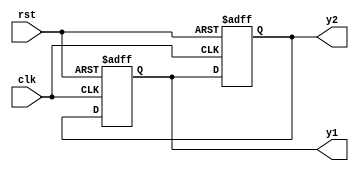
    module fbosc1 (y1, y2, clk, rst);
      output y1, y2; 
      input  clk, rst; 
      reg    y1, y2; 
 
      always @(posedge clk or posedge rst) 
        if (rst) y1 = 0;  // reset 
        else     y1 = y2; 
 
      always @(posedge clk or posedge rst) 
        if (rst) y2 = 1;  // preset 
        else     y2 = y1; 
    endmodule 

    module fbosc2 (y1, y2, clk, rst);
      output y1, y2; 
      input  clk, rst; 
      reg    y1, y2; 
 
      always @(posedge clk or posedge rst) 
        if (rst) y1 <= 0;  // reset 

        else     y1 <= y2; 
 
      always @(posedge clk or posedge rst) 
        if (rst) y2 <= 1;  // preset 
        else     y2 <= y1; 
    endmodule